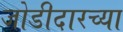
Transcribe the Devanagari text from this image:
जोडीदारच्या